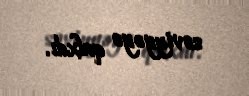
səviyyəyə qalxdı.